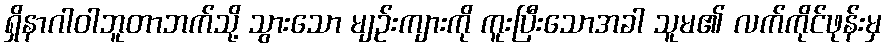
ရှိနာဂါဝါဘူတာဘက်သို့ သွားသော မျဉ်းကျားကို ကူးပြီးသောအခါ သူမ၏ လက်ကိုင်ဖုန်းမှ